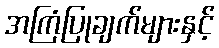
အကြံပြုချက်များနှင့်